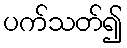
ပက်သတ်၍